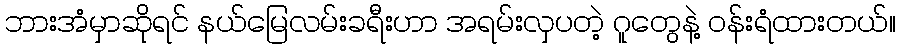
ဘားအံမှာဆိုရင် နယ်မြေလမ်းခရီးဟာ အရမ်းလှပတဲ့ ဂူတွေနဲ့ ဝန်းရံထားတယ်။